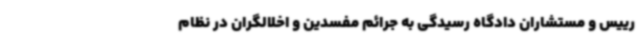
رییس و مستشاران دادگاه رسیدگی به جرائم مفسدین و اخلالگران در نظام